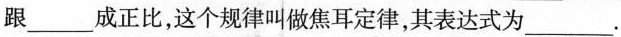
跟___成正比，这个规律叫做焦耳定律，其表达式为___.